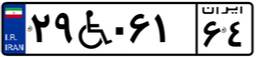
۲۹W۰۶۱۶۴